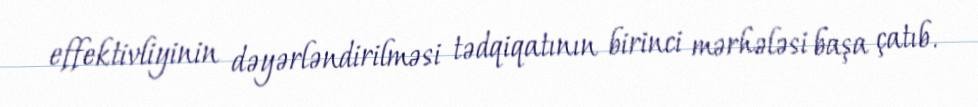
effektivliyinin dəyərləndirilməsi tədqiqatının birinci mərhələsi başa çatıb.